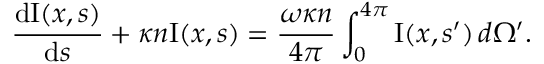
\frac { \ensuremath { \mathrm { d } } \mathrm { I } ( { \ensuremath { \boldsymbol } x } , { \ensuremath { \boldsymbol } s } ) } { \ensuremath { \mathrm { d } } s } + \kappa n \mathrm { I } ( { \ensuremath { \boldsymbol } x } , { \ensuremath { \boldsymbol } s } ) = \frac { \omega \kappa n } { 4 \pi } \int _ { 0 } ^ { 4 \pi } \mathrm { I } ( { \ensuremath { \boldsymbol } x } , { \ensuremath { \boldsymbol } s } ^ { \prime } ) \, d \Omega ^ { \prime } .